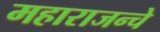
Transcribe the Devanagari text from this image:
महाराजन्चे